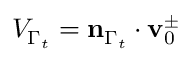
V _ { \Gamma _ { t } } = \mathbf { n } _ { \Gamma _ { t } } \cdot \mathbf { v } _ { 0 } ^ { \pm }